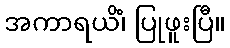
အကာရယိံ၊ ပြုဖူးပြီ။